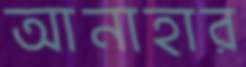
আনাহার